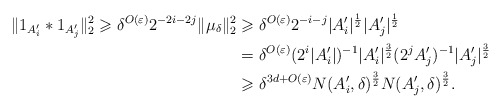
\begin{align*}\|1_{A_i'}*1_{A_j'}\|_2^2 \geqslant\delta^{O(\varepsilon)}2^{-2i-2j}\|\mu_{\delta}\|_2^2 & \geqslant \delta^{O(\varepsilon)}2^{-i-j}|A_i'|^{\frac{1}{2}}|A_j'|^{\frac{1}{2}}\\&=\delta^{O(\varepsilon)}(2^i|A_i'|)^{-1}|A_i'|^{\frac{3}{2}}(2^{j}A_j')^{-1}|A_j'|^{\frac{3}{2}}\\&\geqslant\delta^{3d+O(\varepsilon)}N(A_i',\delta)^{\frac{3}{2}}N(A_j',\delta)^{\frac{3}{2}}.\end{align*}